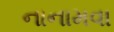
નાનામવા